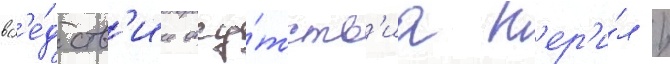
всл'е́дств'ие отсу́тств'иа п'ер'и́л /